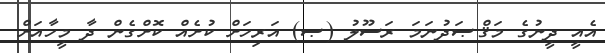
އެއީ ދީނުގެ މަޤްޞަދުނަމަ ރަސޫލު (ޞ) އަރިހަށް ކުށެއް ކޮށްގެން ދާ މީހާއަށް